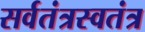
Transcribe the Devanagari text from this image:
सर्वतंत्रस्वतंत्र